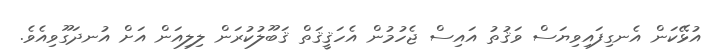
އުޅޭކަން އެނގިފައިވިޔަސް ވަޤުތު އައިސް ޖެހުމުން އެހަޤީޤަތް ޤަބޫލުކުރަން ލިލިއަން އަށް އުނދަގޫވިއެވެ.